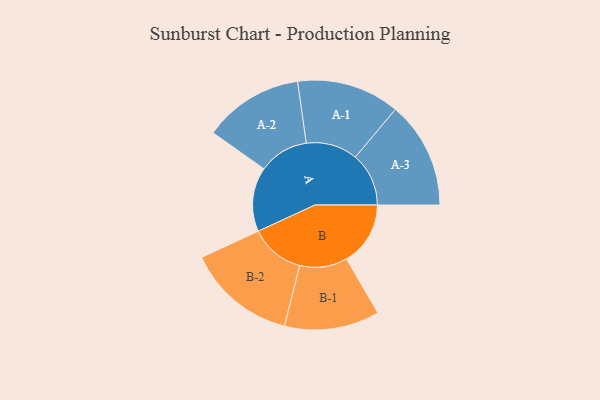
{"axis": {"x": "Segment", "y": "Value"}, "legend": ["", "A", "B"], "data": [{"x": "A", "y": 326, "type": ""}, {"x": "B", "y": 324, "type": ""}, {"x": "A-1", "y": 261, "type": "A"}, {"x": "A-2", "y": 253, "type": "A"}, {"x": "A-3", "y": 271, "type": "A"}, {"x": "B-1", "y": 241, "type": "B"}, {"x": "B-2", "y": 277, "type": "B"}]}